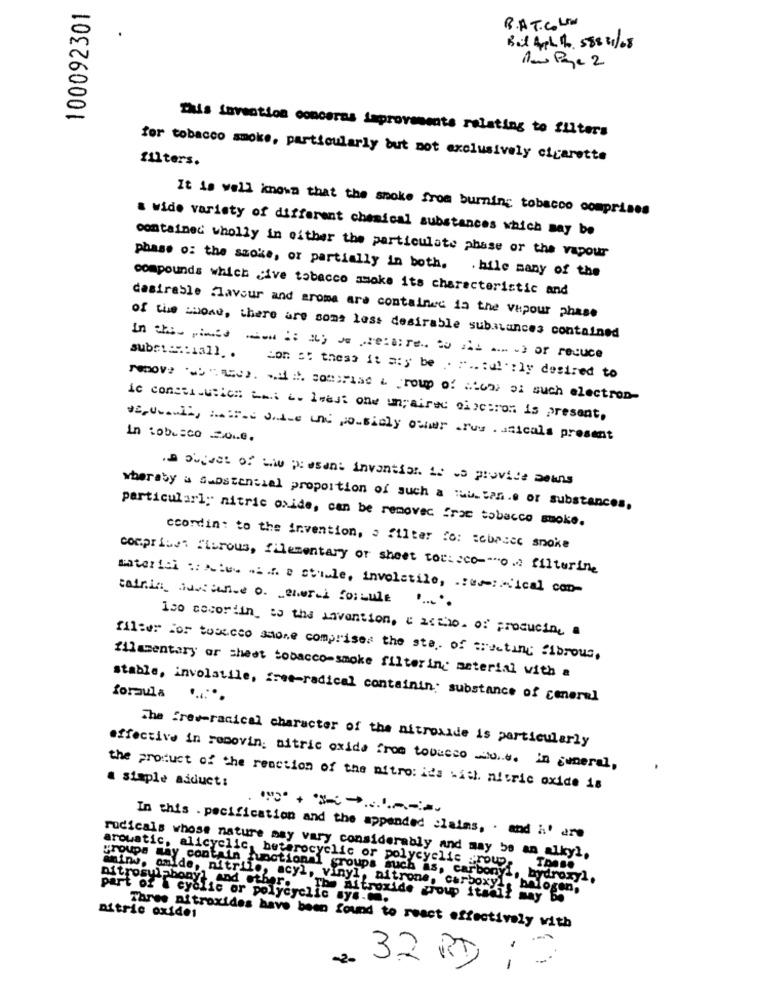
100092301
B.A.T. COUN
But Aple . 588 31/08
Na Page 2
This invention concerns improvements relating to filters
for tobacco smoke, particularly but not exclusively cigarette
filters.
It is well known that the smoke from burning tobacco comprises
a wide variety of different chemical substances which may be
contained wholly in either the particulate phase or the vapour
phase o: the szoke, or partially in both. . bile many of the
compounds which ive tobacco smoke its characteristic and
desirable flavour and aroma are contained in the vupour phase
of the word, there are some less desirable submances contained
In this pines eni: a) Jo Frecuire. to al ... . ) of recuce
substantiall .. Lon st thess it a:y be . ... : ul. : ly desired to
renove . " wees. . i. comprise & roup of atoms oi such electron-
ic constituRich tes . Iwest one unpaired citron is present,
,uit, wird Jnie und p-sily ower .rus . uticals present
In tobusco .o.e.
.a Sujust of the plusan: invention. it is provide seans
wheraby a substantial proportion of such a Tuustan.e or substances,
particularl; nitric oxide, can be removed frac tobacco smoke.
ccordin: to the invention, o filter fo: sebascc snoke
compr fuet fibrous, filementary or sheet toc: cco-""o .e filterine
material :: Actu. .... e stu.le, involatile, .: es:"ical con-
tainin_ basicune o. Lenur-l fo:Lule " .....
Iso cecortin is the invention, " acto. of producing a
fil:er for tosecco amore comprises the sta. of creating fibrous.
filmmentary or sheet tobacco-smoke filtering meterial with a
foraula
stable, involatile, free-radical containin substance of cenerel
......
The freeradical character of the nitrousde is particularly
effective in removing nitric oxide from tobacco o.s. in general,
a simple adduct:
the product of the reaction of the mitro: it's with nitric oxide is
In this . pecification and the appended claims, . and i' are
radicals whose nature may vary considerably and may be an alkyl,
arouatic, alicyclic,heterocyclic or polycyclic group, Those
groups may contain functional groups such as, carbonyi, hydroxyl.
mine, amide, nitrile, acyl, vinyl, nitrone, carboxyl
nitrosulphony, and other.
Faoxy's belogen,
part of i cyclic or polycyclic sys ...
The nitroxide group itsall may Be
nitric oxides
Three af troxides have been found to react effectively with
2. 32 RD 1 2